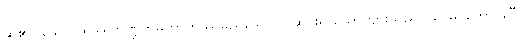
ဆို၏။ သော၊ ထိုဒါရုဘဏ္ဍကမဟာတိဿမည်သော သူဆင်းရဲ ယောကျ်ားသည်။ သာဓု၊ ကောင်းပြီ။